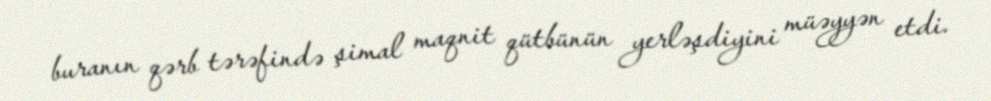
buranın qərb tərəfində şimal maqnit qütbünün yerləşdiyini müəyyən etdi.